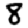
Digit: 8